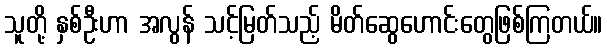
သူတို့ နှစ်ဦးဟာ အလွန် သင့်မြတ်သည့် မိတ်ဆွေဟောင်းတွေဖြစ်ကြတယ်။